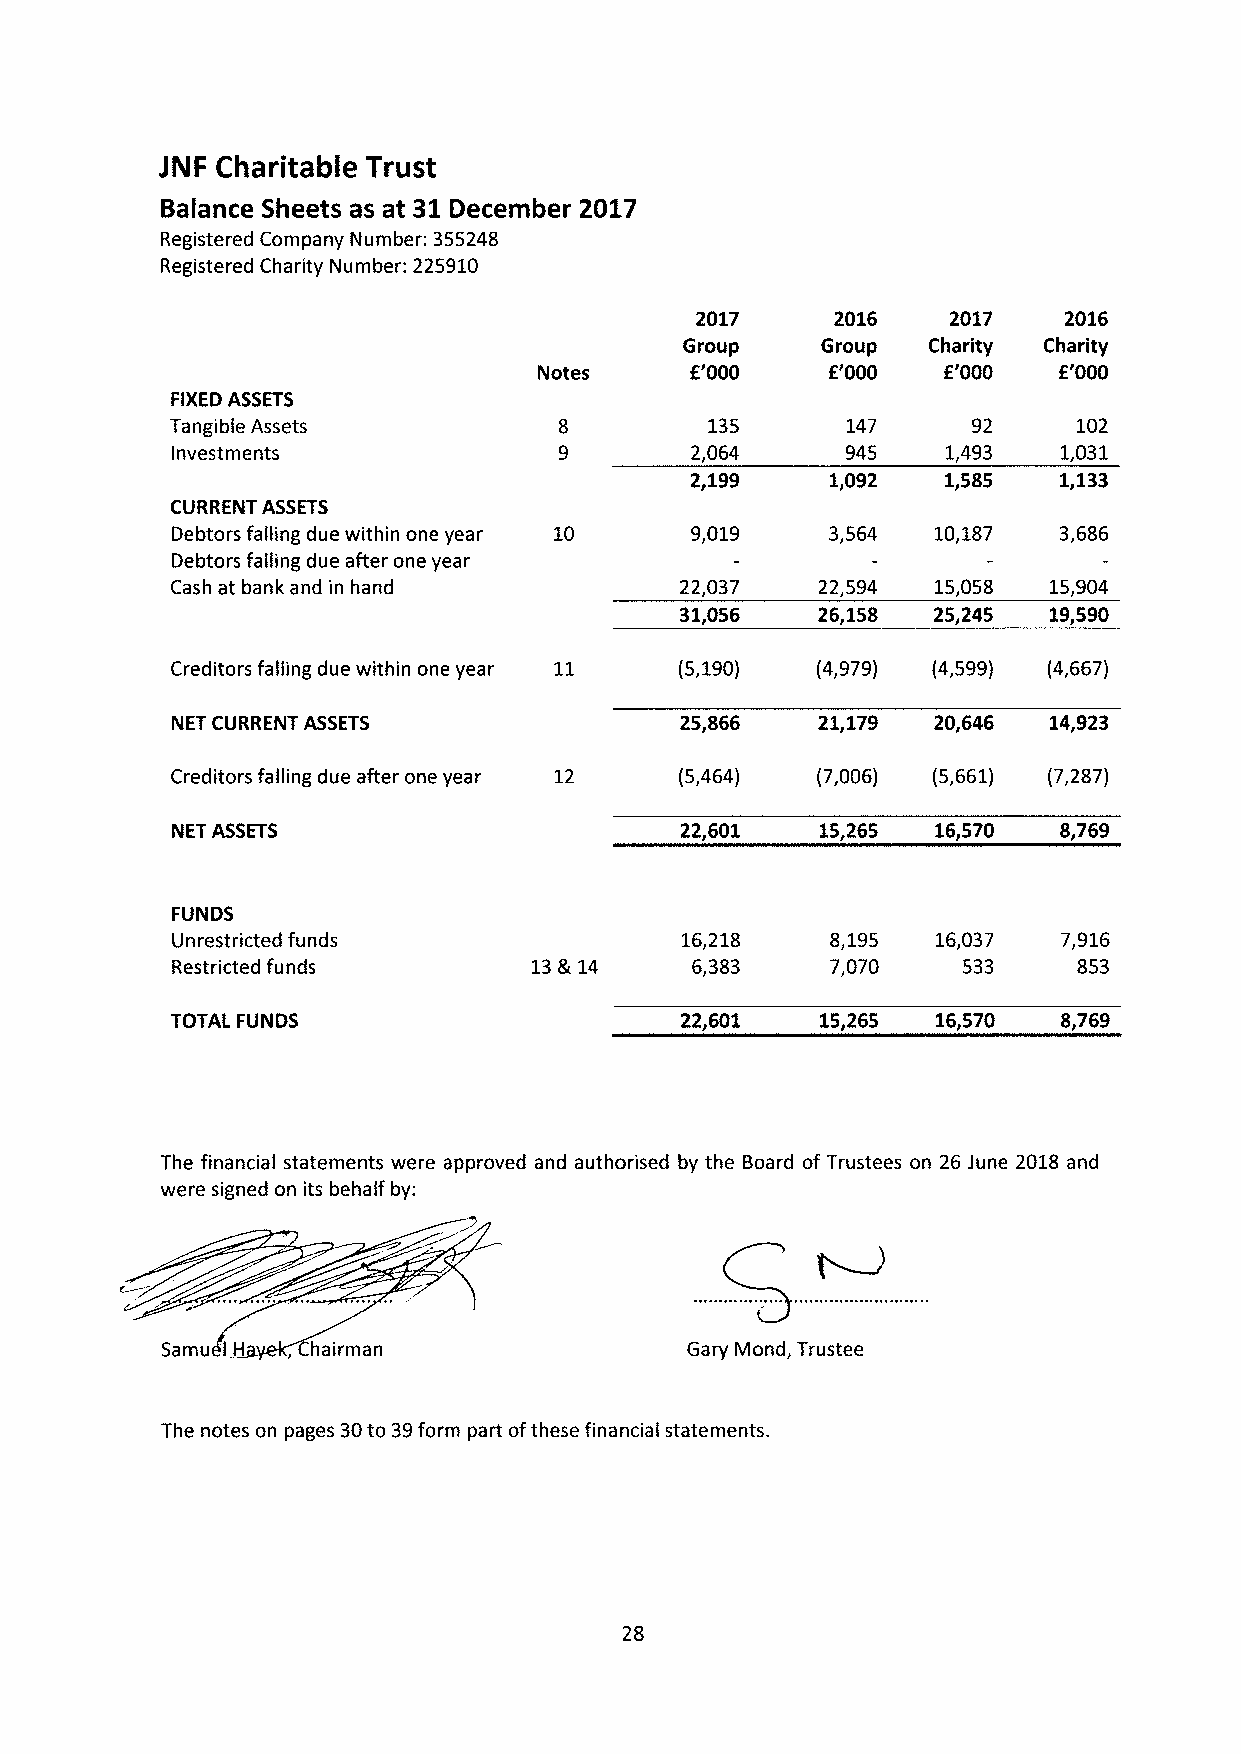
JNF Charitable Trust
 Balance Sheets as at 31December 2017
 Registered Company Number: 355248
 Registered Charity Number: 225910
 2017     2016    2017   2016
 Group    Group  Charity Charity
 Notes     f'000    f'000  f'000   f'000
 FIXEDASSETS
 Tangible Assets                     135      147     92     102
 Investments                        2,064     945    1,493  1,031
 2,199    1,092   1,585  1.133
 CURRENT ASSETS
 Debtors falling due within one year 10 9,019 3,564 10,187  3,686
 Debtors falling due after one year
 Cash at bank and in hand          22,037   22,594  15,058 15,904
 31,056   26,158  25,245 19,590
 Creditors falling due within one year 11 (5,190) (4,979) (4,599) (4,667)
 NET CURRENT ASSETS                25,866   21,179  20,646 14,923
 Creditors falling due after one year 12 (5,464) (7,006) (5,661) (7,287)
 NET ASSETS                        22,601   15,265  16,570  8,769
 FUNDS
 Unrestricted funds                16,218    8,195  16,037  7,916
 Restricted funds        13%14      6,383    7,070    533    853
 TOTAL FUNDS                       22,601   15,265  16,570  8,769
 The financial statements were approved and authorised by the Board of Trustees on 26 June 2018 and
 were signed on its behalf by:
 H,
 Samu I    hairman                 Gary Mond, Trustee
 The notes on pages 30to 39form part ofthese financial statements.
 28